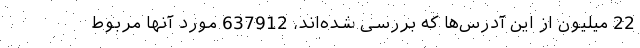
22 میلیون از این آدرس‌ها که بررسی شده‌اند، 637912 مورد آنها مربوط